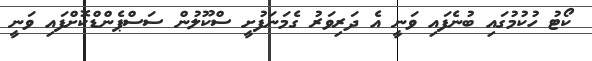
ކޯޓު ހުކުމުގައި ބުނެފައި ވަނީ އެ ދަރިވަރު ގެމަނަފުށީ ސްކޫލުން ސަސްޕެންޑްކޮށްފައި ވަނީ